King Institute of Preventive Medicine Bacteriolog. Section reports 1907-08
Year: 1907
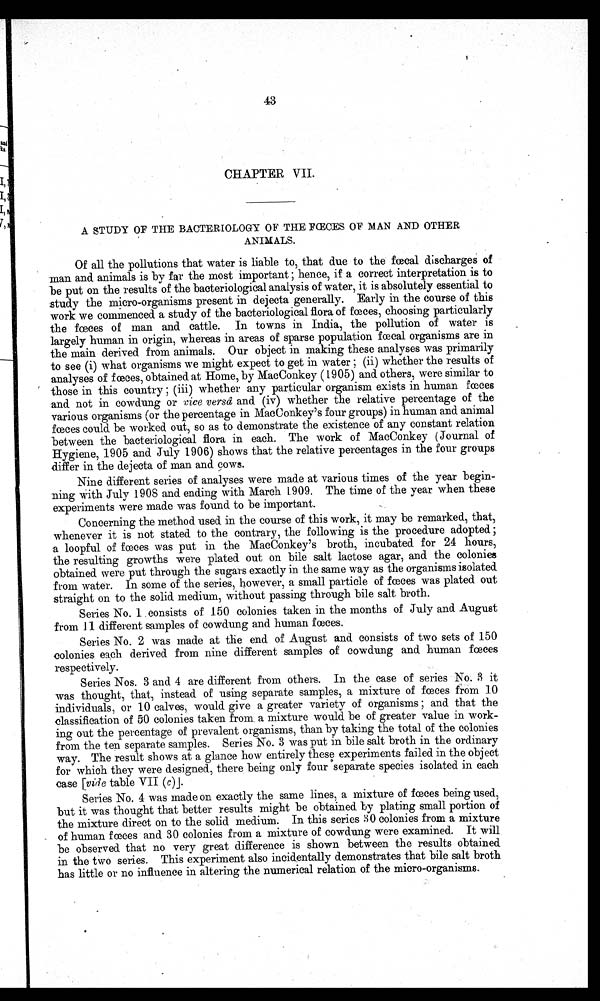
43
CHAPTER VII,
A STUDY OF THE BACTERIOLOGY OF THE FACES OF MAN AND OTHER
ANIMALS,
Of all the pollutions that water is liable to, that due to the faecal discharges of
man and animals is by far the most important ; hence, if a correct interpretation is to
be put on the results of the bacteriological analysis of water, it is absolutely essential to
study the micro-organisms present in dejecta generally. Early in the course of this
work we commenced. a study of the bacteriological flora of faeces, choosing particularly
the fces of man and cattle, In towns in India, the pollution of water is
largely human in origin, whereas in areas of sparse population faecal organisms are in
the main derived from animals, Our object in making these analyses was primarily
to see (i) what organisms we might expect to get in water ; (ii) whether the results of
analyses of faeces, obtained at Home, by MacConkey ( 1905) and others, were similar to
those in this country ; (iii) whether any particular organism exists in human faeces
and not in cowdung or vice versa and (iv) whether the relative percentage of the
various organisms (or the percentage in MacConkey's four groups) in human and animal
faeces could be worked out, so as to demonstrate the existence of any constant relation
between the bacteriological flora in each, The work of MacConkey (Journal of
Hygiene, 1905 and July 1906) shows that the relative percentages in the four groups
differ in the dejecta of man and cows,
Nine different series of analyses were made at various times of the year begin-
ning with July 1908 and ending with March 1909. The time of the year when these
experiments were made was found to be important,
Concerning the method used in the course of this work, it may be remarked, that,
whenever it is not stated to the contrary, the following is the procedure adopted ;
a loopful of faeces was put in the MacConkey's broth, incubated for 24 hours,
the resulting growths were plated out on bile salt lactose agar, and the colonies
obtained were put through the sugars exactly in the same way as the organisms isolated
from water. In some of the series, however, a small particle of faces was plated out
straight on to the solid medium, without passing through bile salt broth.
Series No. 1 consists of 150 colonies taken in the months of July and August
from 11 different samples of cowdung and human fces,
Series No. 2 was made at the end of August and consists of two sets of 150
colonies each derived from nine different samples of cowdung and human faeces
respectively,
Series Nos. 3 and 4 are different from others. In the case of series No, 3 it
was thought, that, instead of using separate samples, a mixture of faeces from 10
individuals, or 10 calves, would give a greater variety of organisms ; and that the
classification of 50 colonies taken from a mixture would be of greater value in work-
ing out the percentage of prevalent organisms, than by taking the total of the colonies
from the ten separate samples. Series No. 3 was put in bile salt broth in the ordinary
way. The result shows at a glance how entirely these experiments failed in the object
for which they were designed, there being only four separate species isolated in each
case [-vide table VII (c) j.
Series No, 4 was made on exactly the same lines, a mixture of faeces being used,
but it was thought that better results might be obtained by plating small portion of
the mixture direct on to the solid medium. In this series 30 colonies from a mixture
of human faeces and 30 colonies from a mixture of cowdung were examined. It will
be observed that no very great difference is shown between the results obtained
in the two series. This experiment also incidentally demonstrates that bile salt broth
has little or no influence in altering the numerical relation of the micro-organisms.